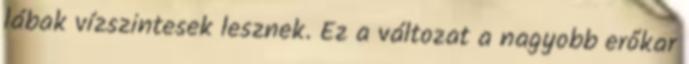
lábak vízszintesek lesznek. Ez a változat a nagyobb erőkar